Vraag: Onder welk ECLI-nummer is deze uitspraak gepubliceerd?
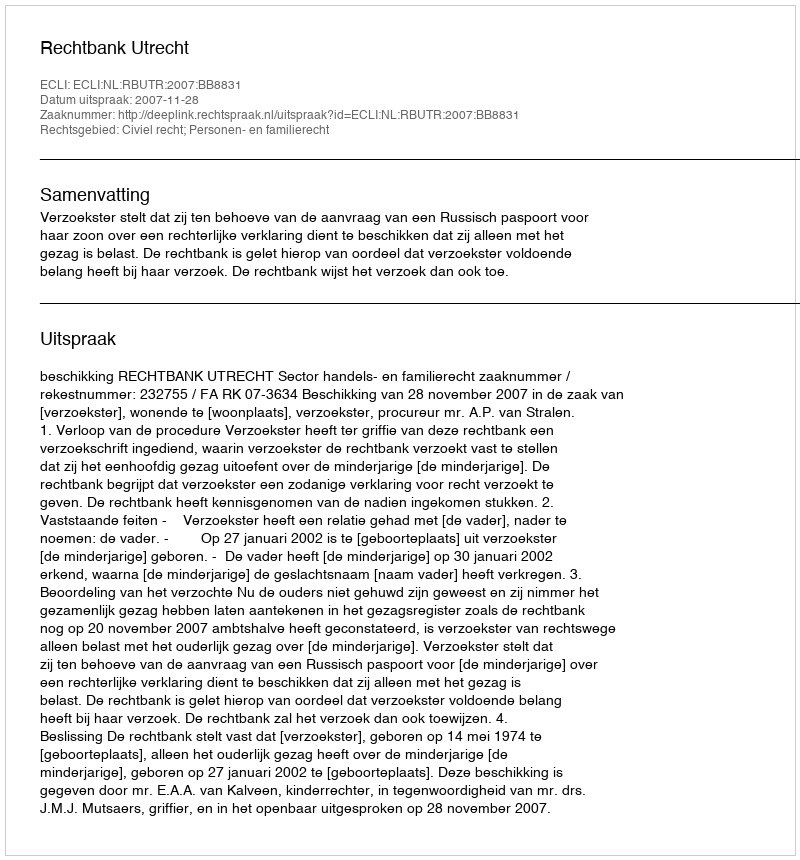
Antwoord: ECLI:NL:RBUTR:2007:BB8831